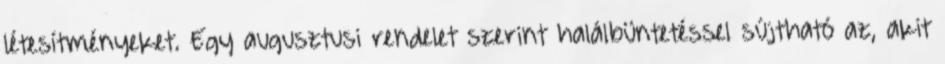
létesítményeket. Egy augusztusi rendelet szerint halálbüntetéssel sújtható az, akit